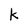
Character: k